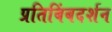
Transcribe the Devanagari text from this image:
प्रतिबिंबदर्शन